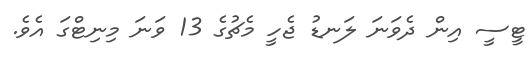
ޓީސީ އިން ދެވަނަ ލަނޑު ޖެހީ މެޗުގެ 13 ވަނަ މިނިޓްގަ އެވެ.